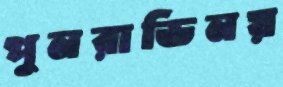
পুনরাভিনয়